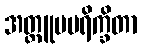
အတ္ထူပပရိက္ခိတာ